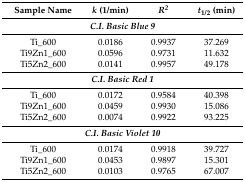
| Sample Name | k (1/min) | R2 | t1/2 (min) |
 | --- | --- | --- | --- |
 | <COLSPAN=4> C.I. Basic Blue 9 |
 | Ti_600 | 0.0186 | 0.9937 | 37.269 |
 | Ti9Zn1_600 | 0.0596 | 0.9731 | 11.632 |
 | Ti5Zn2_600 | 0.0141 | 0.9957 | 49.178 |
 | <COLSPAN=4> C.I. Basic Red 1 |
 | Ti_600 | 0.0172 | 0.9584 | 40.398 |
 | Ti9Zn1_600 | 0.0459 | 0.9930 | 15.086 |
 | Ti5Zn2_600 | 0.0074 | 0.9922 | 93.225 |
 | <COLSPAN=4> C.I. Basic Violet 10 |
 | Ti_600 | 0.0174 | 0.9918 | 39.727 |
 | Ti9Zn1_600 | 0.0453 | 0.9897 | 15.301 |
 | Ti5Zn2_600 | 0.0103 | 0.9765 | 67.007 |